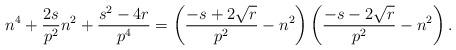
LaTeX: \begin{align*}n^4 +\frac{2s}{p^2} n^2 +\frac{s^2 -4 r }{p^4}=\left(\frac{-s+2\sqrt{r}}{p^2}-n^2\right)\left(\frac{-s-2\sqrt{r}}{p^2}-n^2\right).\end{align*}